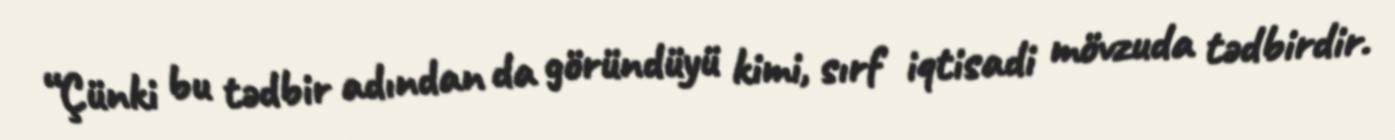
“Çünki bu tədbir adından da göründüyü kimi, sırf iqtisadi mövzuda tədbirdir.